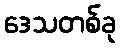
ဒေသတစ်ခု